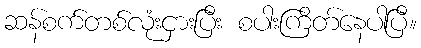
ဆန်စက်တစ်လုံးငှားပြီး စပါးကြိတ်နေပါပြီ။